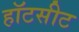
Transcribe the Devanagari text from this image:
हॉटसीट